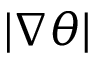
| \nabla \theta |